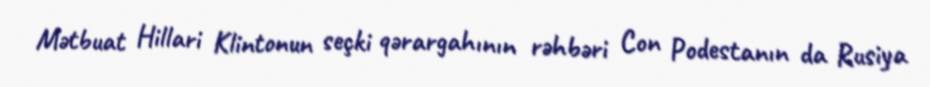
Mətbuat Hillari Klintonun seçki qərargahının rəhbəri Con Podestanın da Rusiya